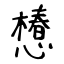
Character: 𢢫